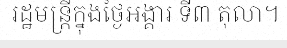
រដ្ឋមន្ត្រីក្នុងថ្ងៃអង្គារ ទី៣ តុលា។